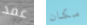
عمد مكان